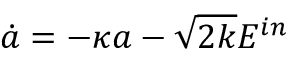
\dot { a } = - \kappa a - \sqrt { 2 k } E ^ { i n }